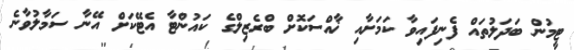
ޓީމުން ބަދަލުތައް ފެނިފައިވާ ކަމަށާއި ޚާއްސަކޮށް ބްރެޒިލްގެ ކައުންޓާ އެޓޭކަށް އޭނާ ސަމާލުވާނެ